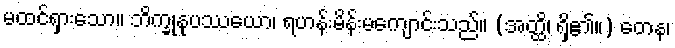
မထင်ရှားသော။ ဘိက္ခုနုပဿယော၊ ရဟန်းမိန်းမကျောင်းသည်။ (အတ္ထိ၊ ရှိ၏။) တေန၊